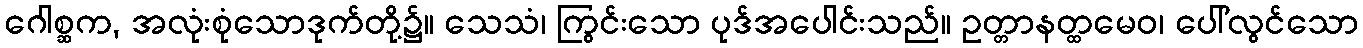
ဂေါစ္ဆက, အလုံးစုံသောဒုက်တို့၌။ သေသံ၊ ကြွင်းသော ပုဒ်အပေါင်းသည်။ ဥတ္တာနတ္ထမေဝ၊ ပေါ်လွင်သော